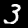
Digit: 3